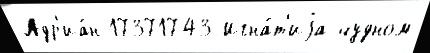
Адр'иа́н 17371743 Игна́т'иjа чудном